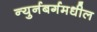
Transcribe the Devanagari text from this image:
न्युर्नबर्गमधील